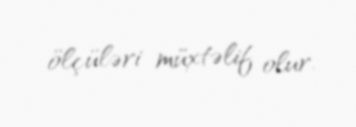
ölçüləri müxtəlif olur.